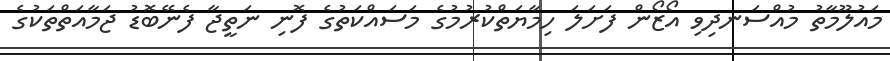
މައުލޫމާތު މުއްސަނދިވި އޯޒޯން ފަށަލަ ހިމާޔަތްކުރުމުގެ މަސައްކަތުގެ ފޮނި ނަތީޖާ ފެނޭބޮޑު ޖަމާއަތްތަކުގެ